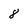
Character: 8